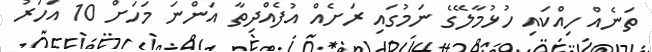
ތަނެއް ހިއްކައި ހުޅުމާލޭގެ ނަމުގައި ރަށެއް އުފެއްދިތާ އަންނަ މަހަށް 10 އަހަރު